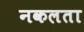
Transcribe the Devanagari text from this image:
नकलता